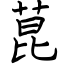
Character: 菎